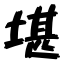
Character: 堪